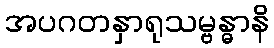
အပဂတနှာရုသမ္ဗန္ဓာနိ